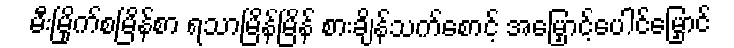
မီးမြိုက်စမြိန်စာ ရသာမြိန်မြိန် စားချိန်သက်စောင့် အမြှောင့်ပေါင်မြှောင်